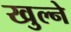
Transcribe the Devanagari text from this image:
खुल्ने